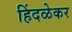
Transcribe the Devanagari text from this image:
हिंदळेकर